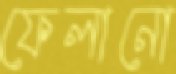
ফেলানো